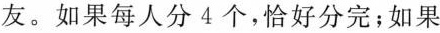
友。如果每人分4个，恰好分完；如果